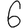
Digit: 6